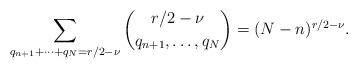
LaTeX: \begin{align*}\sum_{q_{n+1}+\cdots +q_N=r/2-\nu} \binom{r/2-\nu}{q_{n+1},\ldots, q_N}= (N-n)^{r/2-\nu}.\end{align*}